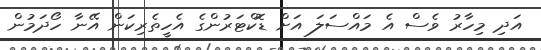
އަދި މިހާރު ވެސް އެ މައްސަލަ އަށް ޑޮކްޓަރުންގެ އެހީތެރިކަން އޭނާ ހޯދަމުން